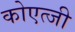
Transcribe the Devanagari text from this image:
कोएत्जी